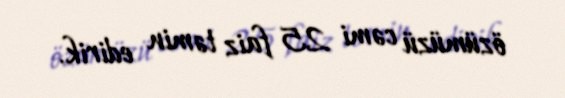
özümüzü cəmi 25 faiz təmin edirik.